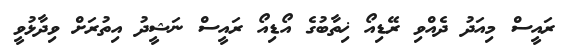
ރައީސް މިއަދު ދެއްވި ރޭޑިއޯ ޚިތާބުގެ އޯޑިއޯ ރައީސް ނަޝީދު އިތުރަށް ވިދާޅުވީ